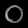
Digit: ၀